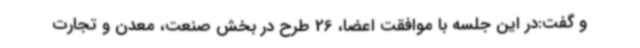
و گفت:در این جلسه با موافقت اعضا، 26 طرح در بخش صنعت، معدن و تجارت